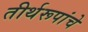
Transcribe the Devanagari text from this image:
तीर्थरूपांचे